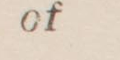
of